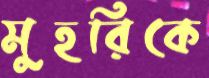
মুহরিকে